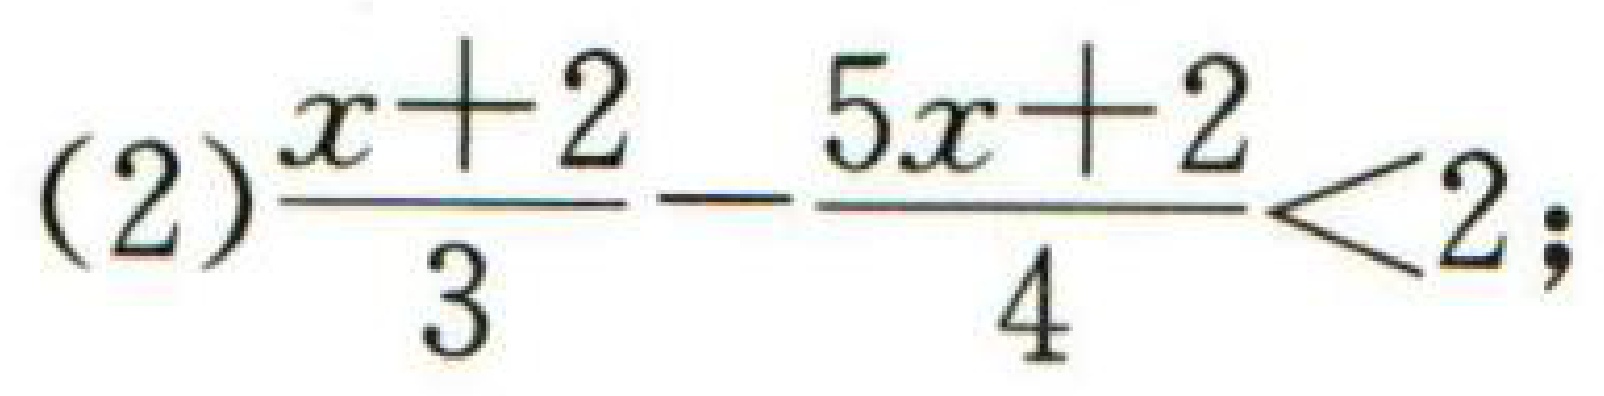
(2)\(\dfrac{x + 2}{3}-\dfrac{5x + 2}{4}<2\);